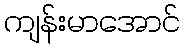
ကျန်းမာအောင်